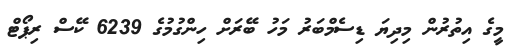
މީގެ އިތުރުން މިދިޔަ ޑިސެމްބަރު މަހު ބޭރަށް ހިންގުމުގެ 6239 ކޭސް ރިޕޯޓް